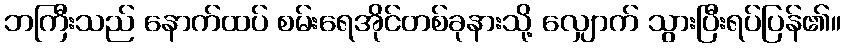
ဘကြီးသည် နောက်ထပ် စမ်းရေအိုင်တစ်ခုနားသို့ လျှောက် သွားပြီးရပ်ပြန်၏။